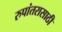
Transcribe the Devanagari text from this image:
रुपांतरासाठी